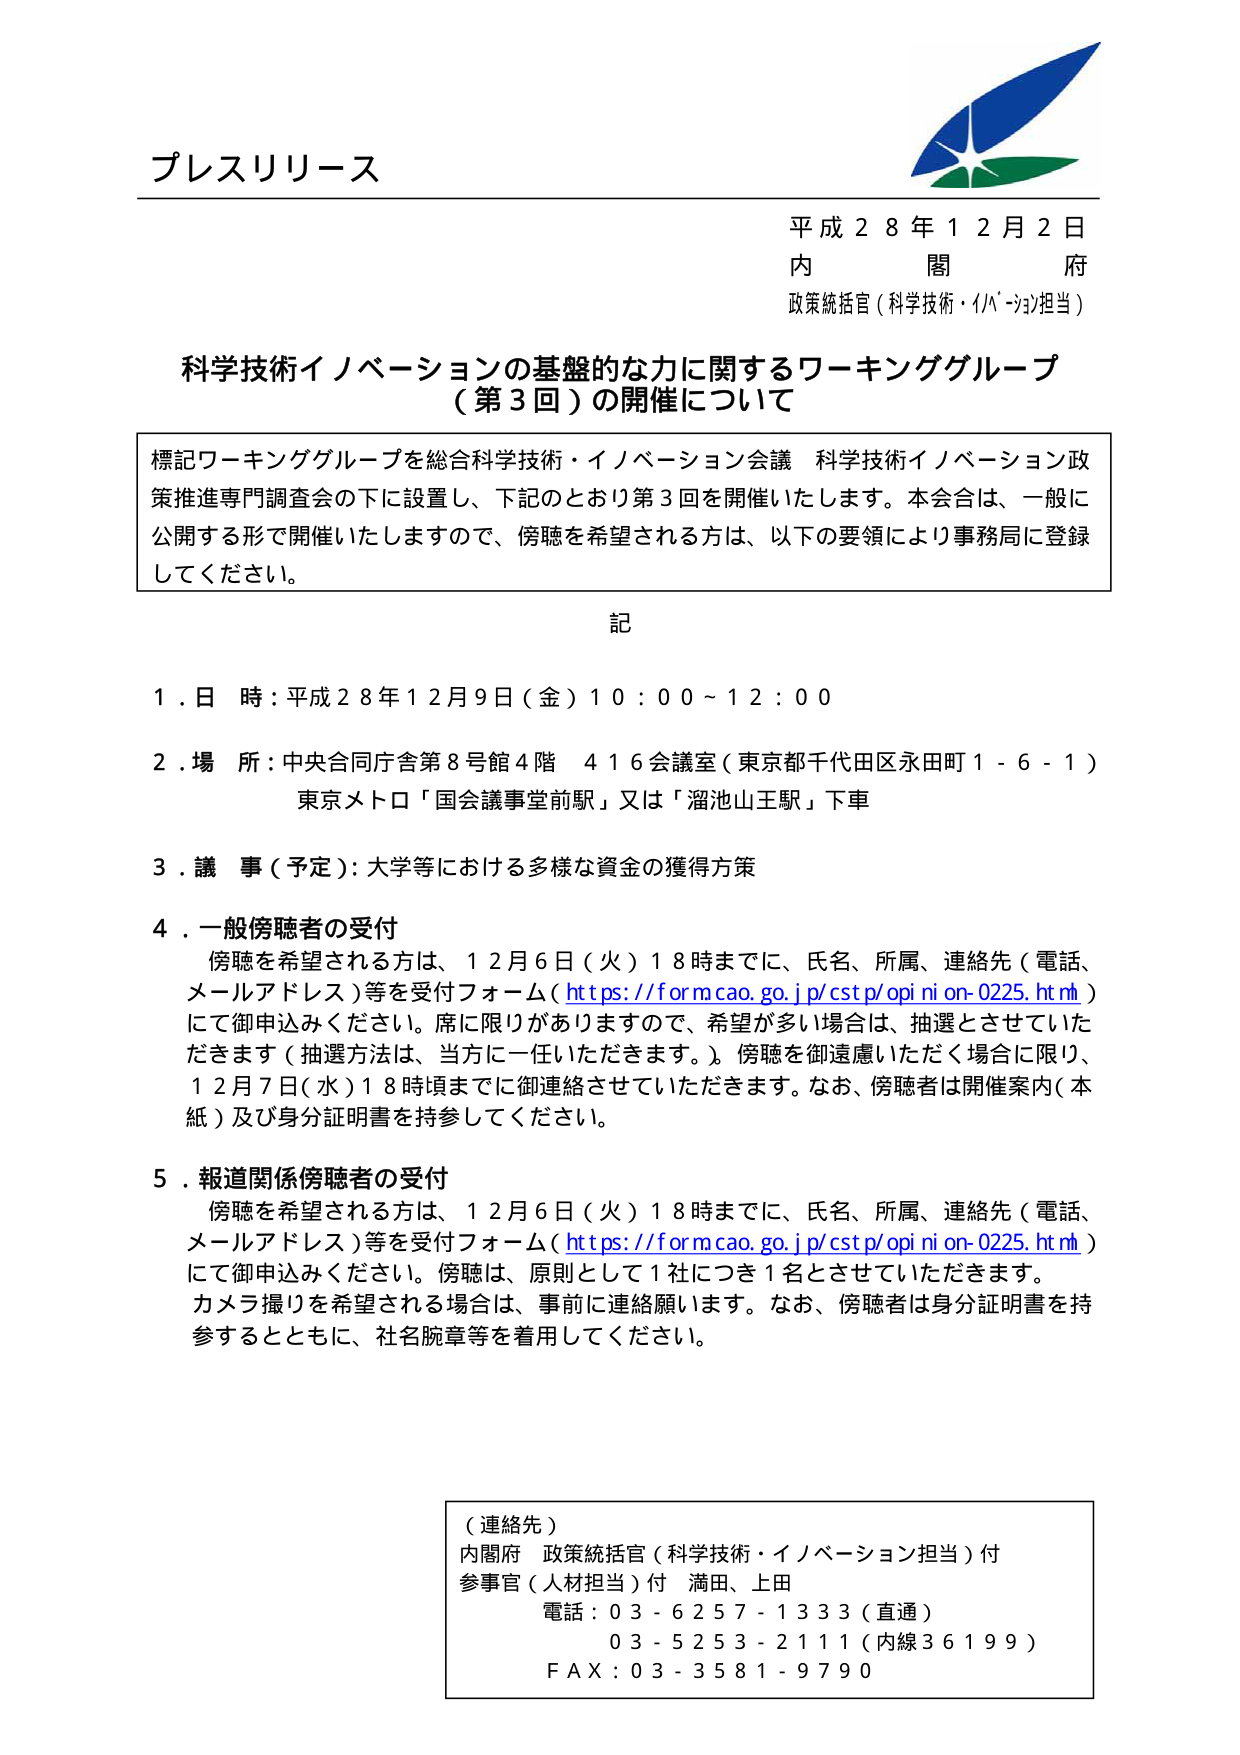
プレスリリース

平成２８年１２月２日
内　　閣　　府
政策統括官（科学技術・イノベーション担当）

科学技術イノベーションの基盤的な力に関するワーキンググループ
（第３回）の開催について

標記ワーキンググループを総合科学技術・イノベーション会議 科学技術イノベーション政策推進専門調査会の下に設置し、下記のとおり第３回を開催いたします。本会合は、一般に公開する形で開催いたしますので、傍聴を希望される方は、以下の要領により事務局に登録してください。

記

１．日　時：平成２８年１２月９日（金）１０：００～１２：００

２．場　所：中央合同庁舎第８号館４階　４１６会議室（東京都千代田区永田町１－６－１）
　　　　　東京メトロ「国会議事堂前駅」又は「溜池山王駅」下車

３．議　事（予定）：大学等における多様な資金の獲得方策

４．一般傍聴者の受付
　　傍聴を希望される方は、１２月６日（火）１８時までに、氏名、所属、連絡先（電話、メールアドレス）等を受付フォーム（https://form.cao.go.jp/cstp/opinion-0225.html）にて御申込みください。席に限りがありますので、希望が多い場合は、抽選とさせていただきます（抽選方法は、当方に一任いただきます。）。傍聴を御遠慮いただく場合に限り、１２月７日（水）１８時頃までに御連絡させていただきます。なお、傍聴者は開催案内（本紙）及び身分証明書を持参してください。

５．報道関係傍聴者の受付
　　傍聴を希望される方は、１２月６日（火）１８時までに、氏名、所属、連絡先（電話、メールアドレス）等を受付フォーム（https://form.cao.go.jp/cstp/opinion-0225.html）にて御申込みください。傍聴は、原則として１社につき１名とさせていただきます。カメラ撮りを希望される場合は、事前に連絡願います。なお、傍聴者は身分証明書を持参するとともに、社名腕章等を着用してください。

（連絡先）
内閣府　政策統括官（科学技術・イノベーション担当）付
参事官（人材担当）付　満田、上田
電話：０３－６２５７－１３３３（直通）
　　　０３－５２５３－２１１１（内線３６１９９）
ＦＡＸ：０３－３５８１－９７９０